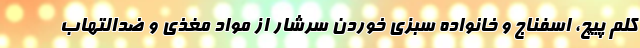
کلم پیچ، اسفناج و خانواده سبزی خوردن سرشار از مواد مغذی و ضدالتهاب